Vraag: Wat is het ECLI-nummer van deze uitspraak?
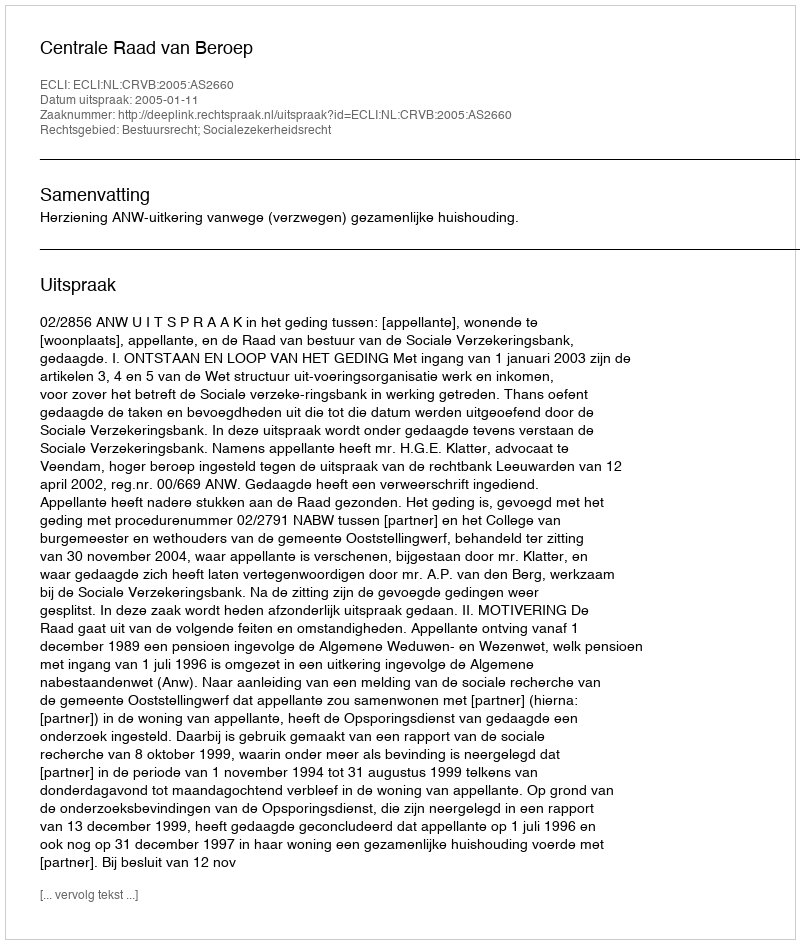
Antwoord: ECLI:NL:CRVB:2005:AS2660